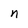
Character: n